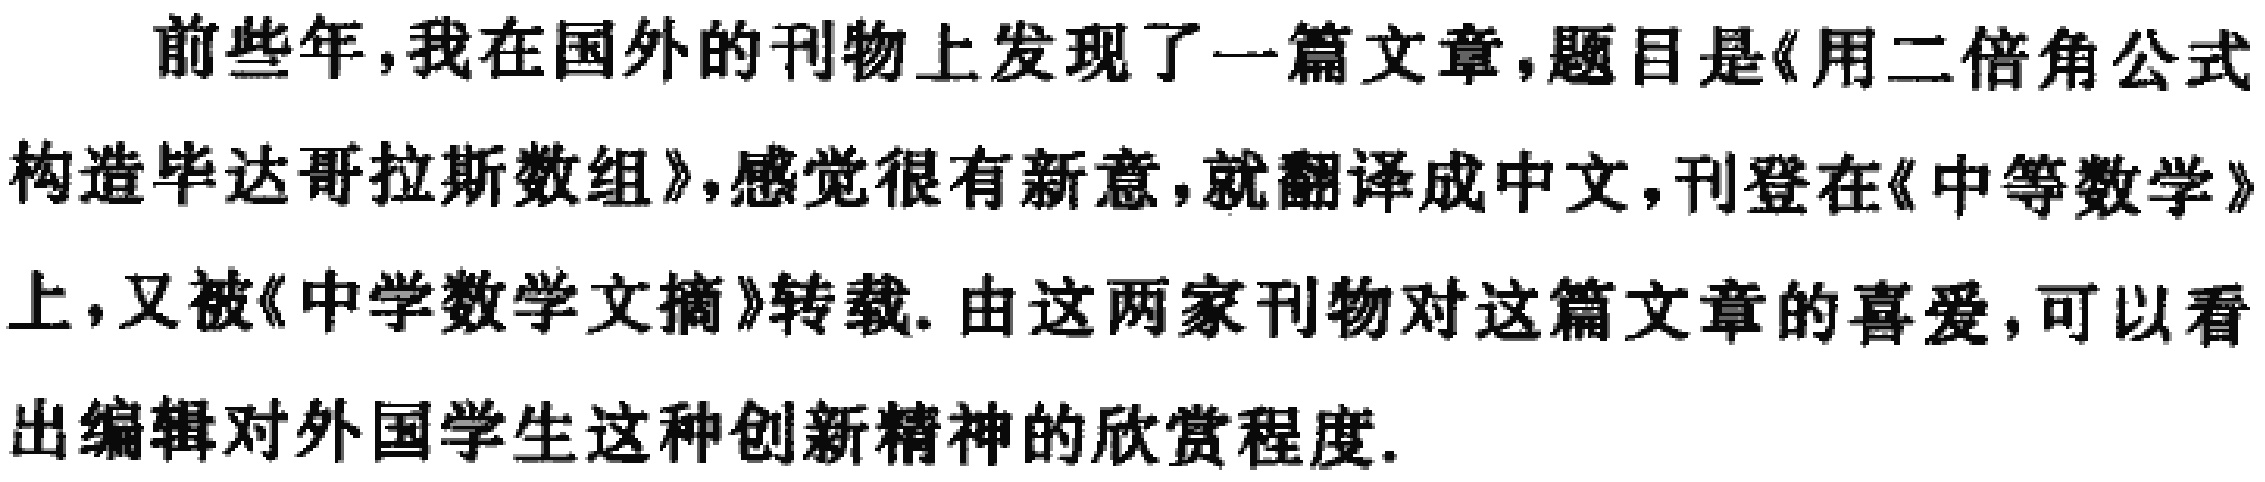
前些年，我在国外的刊物上发现了一篇文章，题目是《用二倍角公式构造毕达哥拉斯数组》，感觉很有新意，就翻译成中文，刊登在《中等数学》上，又被《中学数学文摘》转载. 由这两家刊物对这篇文章的喜爱，可以看出编辑对外国学生这种创新精神的欣赏程度.